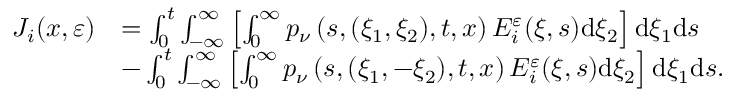
\begin{array} { r l } { J _ { i } ( x , \varepsilon ) } & { = \int _ { 0 } ^ { t } \int _ { - \infty } ^ { \infty } \left[ \int _ { 0 } ^ { \infty } p _ { \nu } \left( s , ( \xi _ { 1 } , \xi _ { 2 } ) , t , x \right) E _ { i } ^ { \varepsilon } ( \xi , s ) \mathrm { d } \xi _ { 2 } \right] \mathrm { d } \xi _ { 1 } \mathrm { d } s } \\ & { - \int _ { 0 } ^ { t } \int _ { - \infty } ^ { \infty } \left[ \int _ { 0 } ^ { \infty } p _ { \nu } \left( s , ( \xi _ { 1 } , - \xi _ { 2 } ) , t , x \right) E _ { i } ^ { \varepsilon } ( \xi , s ) \mathrm { d } \xi _ { 2 } \right] \mathrm { d } \xi _ { 1 } \mathrm { d } s . } \end{array}